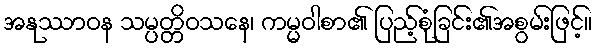
အနုဿာဝန သမ္ပတ္တိဝသနေ၊ ကမ္မဝါစာ၏ ပြည့်စုံခြင်း၏အစွမ်းဖြင့်။